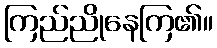
ကြည်ညိုနေကြ၏။